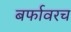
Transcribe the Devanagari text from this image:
बर्फावरच